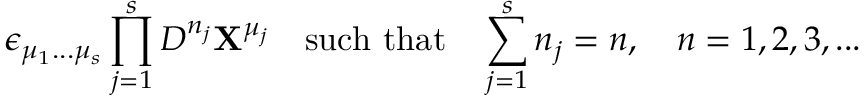
\epsilon _ { \mu _ { 1 } . . . \mu _ { s } } \prod _ { j = 1 } ^ { s } D ^ { n _ { j } } { \bf X } ^ { \mu _ { j } } \quad \mathrm { s u c h ~ t h a t } \quad \sum _ { j = 1 } ^ { s } n _ { j } = n , \quad n = 1 , 2 , 3 , . . .